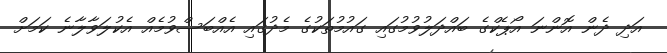
އަދި ދެން އޮންނަ އޯޕެކްގެ ބައްދަލުވުމުގައި ގައުމުތަކުގެ މެދުގައި އެއްބަސްވުމެއް އެކުލަވާލާނެ ކަމަށް